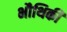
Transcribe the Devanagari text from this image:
भौथिकी